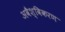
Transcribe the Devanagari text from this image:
अवैश्विकरण